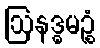
ဩနဒ္ဓမဉ္စံ